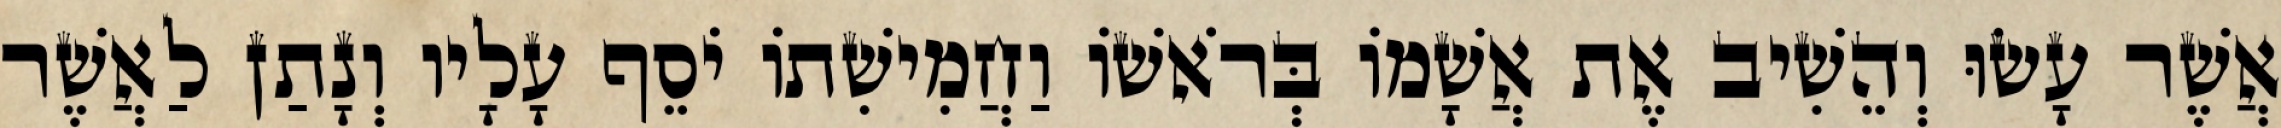
אֲשֶׁר עָשׂוּ וְהֵשִׁיב אֶת אֲשָׁמוֹ בְּרֹאשׁוֹ וַחֲמִישִׁתוֹ יֹסֵף עָלָיו וְנָתַן לַאֲשֶׁר